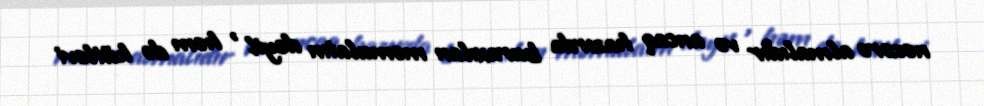
nəzərə almalıdır və ancaq hazırda buraxılan məmulatın deyil , həm də kütləvi